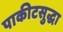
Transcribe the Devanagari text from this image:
पाकीटसुद्धा